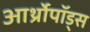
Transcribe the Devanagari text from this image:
आर्थ्रोपॉड्स